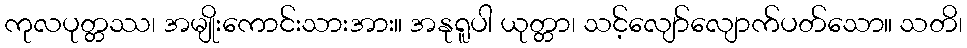
ကုလပုတ္တဿ၊ အမျိုးကောင်းသားအား။ အနုရူပါ ယုတ္တာ၊ သင့်လျော်လျောက်ပတ်သော။ သတိ၊